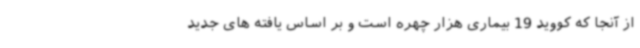
از آنجا که کووید 19 بیماری هزار چهره است و بر اساس یافته های جدید